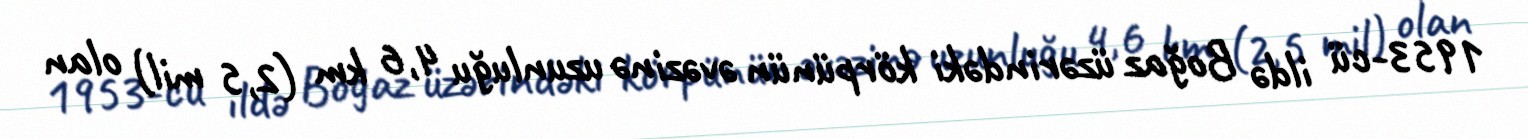
1953-cü ildə Boğaz üzərindəki körpünün əvəzinə uzunluğu 4,6 km (2,5 mil) olan